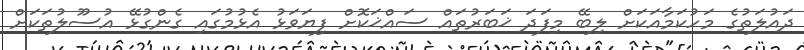
ދައުލަތުގެ މަހުކަމާއަކަށް ލިބޭ މިފަދަ ޚަބަރުތައް ސައްޚަކޮށް ފިޔަވަޅު އެޅުމުގައި ގެންގުޅޭ އުސޫލުތަކަށް